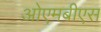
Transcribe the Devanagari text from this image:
ओएमबीएस